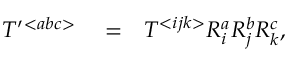
\begin{array} { r l r } { { \cal T } ^ { \prime } { } ^ { < a b c > } } & { { } = } & { { \cal T } ^ { < i j k > } R _ { i } ^ { a } R _ { j } ^ { b } R _ { k } ^ { c } , } \end{array}